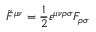
{ \tilde { F } } ^ { \mu \nu } = { \frac { 1 } { 2 } } \varepsilon ^ { \mu \nu \rho \sigma } F _ { \rho \sigma }